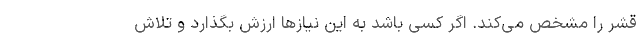
قشر را مشخص می‌کند. اگر کسی باشد به این نیازها ارزش بگذارد و تلاش